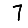
Digit: 7